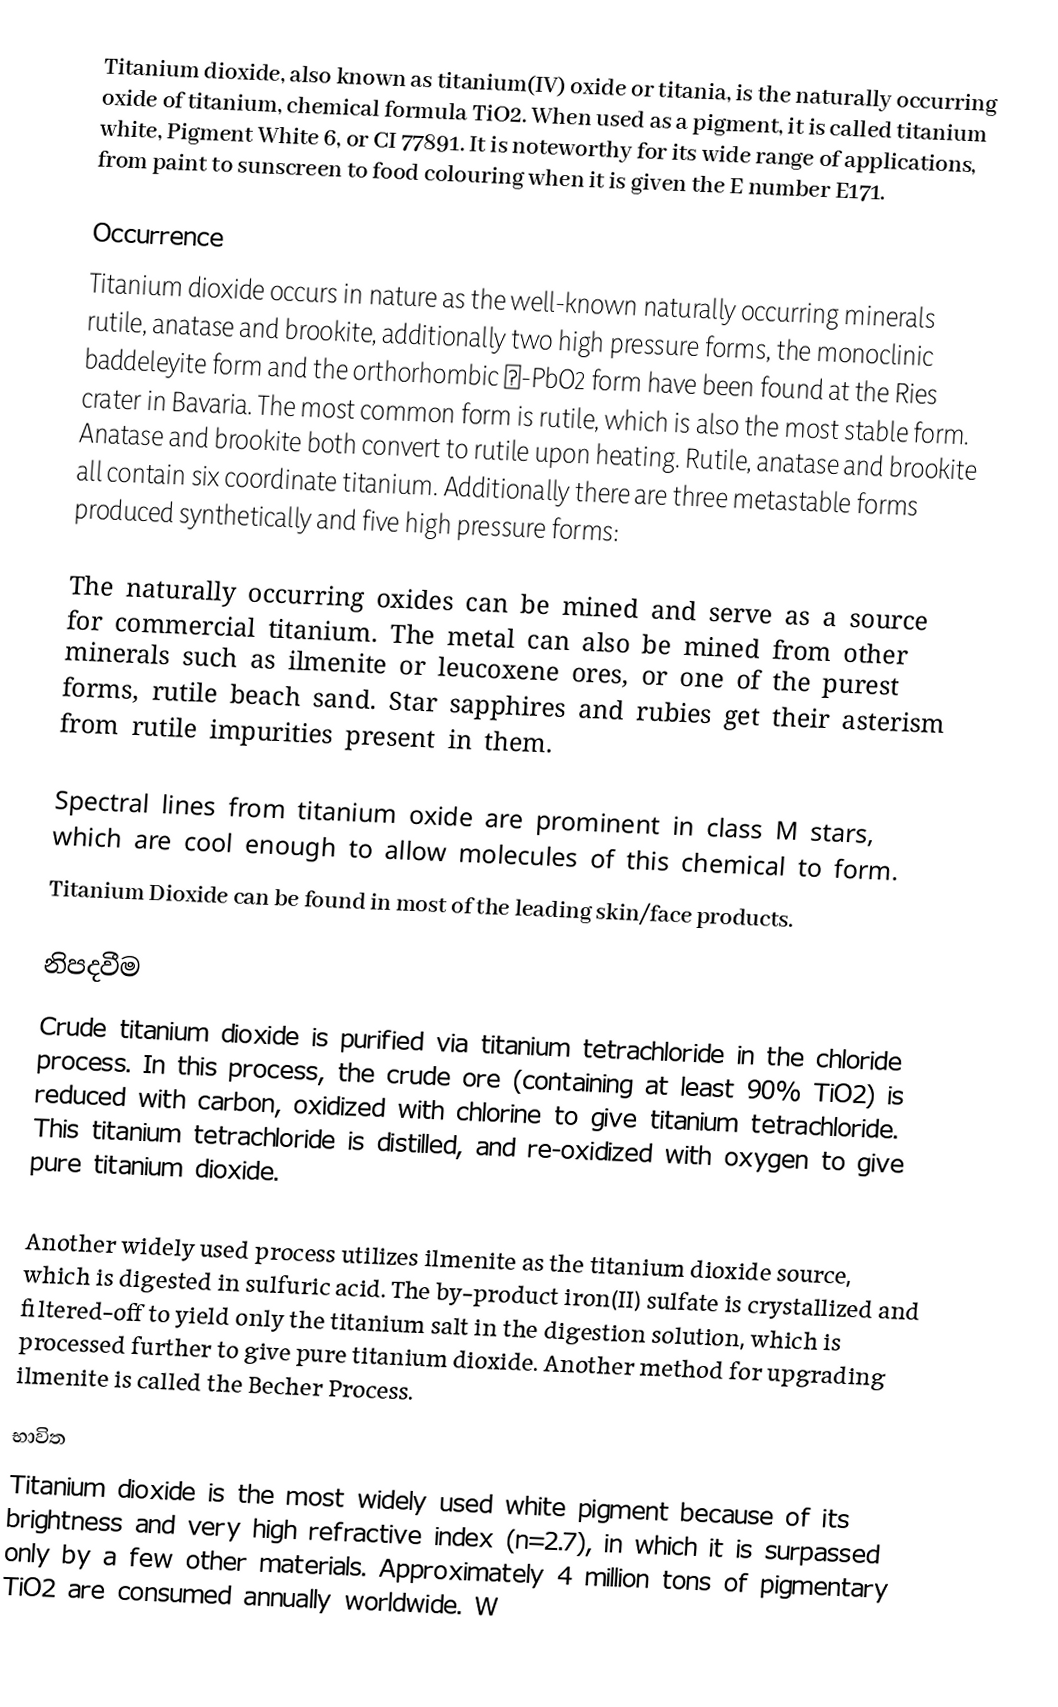
Titanium dioxide, also known as titanium(IV) oxide or titania, is the naturally occurring oxide of titanium, chemical formula TiO2. When used as a pigment, it is called titanium white, Pigment White 6, or CI 77891. It is noteworthy for its wide range of applications, from paint to sunscreen to food colouring when it is given the E number E171.

Occurrence
Titanium dioxide occurs in nature as the well-known naturally occurring minerals rutile, anatase and brookite, additionally two high pressure forms, the monoclinic baddeleyite form and the orthorhombic α-PbO2 form  have been found at the Ries crater in Bavaria.  The most common form is rutile, which is also the most stable form. Anatase and brookite both convert to rutile upon heating. Rutile, anatase and brookite all contain six coordinate titanium. Additionally there are three metastable forms produced synthetically and five high pressure forms:

The naturally occurring oxides can be mined and serve as a source for commercial titanium. The metal can also be mined from other minerals such as ilmenite or leucoxene ores, or one of the purest forms, rutile beach sand. Star sapphires and rubies get their asterism from rutile impurities present in them.

Spectral lines from titanium oxide are prominent in class M stars, which are cool enough to allow molecules of this chemical to form.
Titanium Dioxide can be found in most of the leading skin/face products.

නිපදවීම
Crude titanium dioxide is purified via titanium tetrachloride in the chloride process. In this process, the crude ore (containing at least 90% TiO2) is reduced with carbon, oxidized with chlorine to give titanium tetrachloride. This titanium tetrachloride is distilled, and re-oxidized with oxygen to give pure titanium dioxide.

Another widely used process utilizes ilmenite as the titanium dioxide source, which is digested in sulfuric acid. The by-product iron(II) sulfate is crystallized and filtered-off to yield only the titanium salt in the digestion solution, which is processed further to give pure titanium dioxide. Another method for upgrading ilmenite is called the Becher Process.

භාවිත
Titanium dioxide is the most widely used white pigment because of its brightness and very high refractive index (n=2.7), in which it is surpassed only by a few other materials. Approximately 4 million tons of pigmentary TiO2 are consumed annually worldwide. W